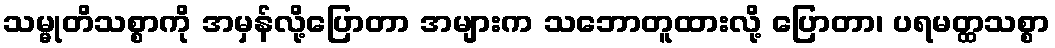
သမ္မုတိသစ္စာကို အမှန်လို့ပြောတာ အများက သဘောတူထားလို့ ပြောတာ၊ ပရမတ္ထသစ္စာ